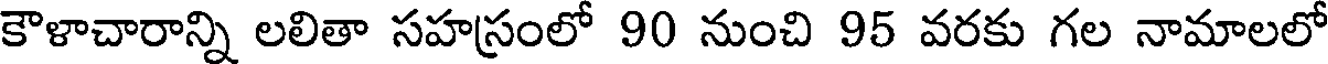
కౌళాచారాన్ని లలితా సహస్రంలో 90 నుంచి 95 వరకు గల నామాలలో